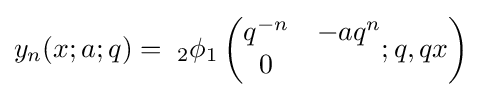
y_{n}(x;a;q)=\;{}_{2}\phi _{1}\left({\begin{matrix}q^{-n}&-aq^{n}\\0\end{matrix}};q,qx\right)